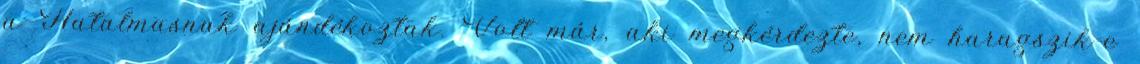
a Hatalmasnak ajándékoztak. Volt már, aki megkérdezte, nem haragszik-e